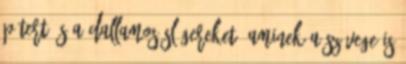
Pétert és a dallamos slágereket. Aminek a szövege is